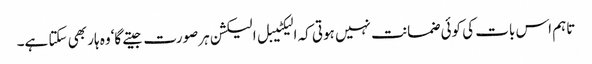
تاہم اس بات کی کوئی ضمانت نہیں ہوتی کہ الیکٹیبل الیکشن ہرصورت جیتے گا‘وہ ہار بھی سکتا ہے۔